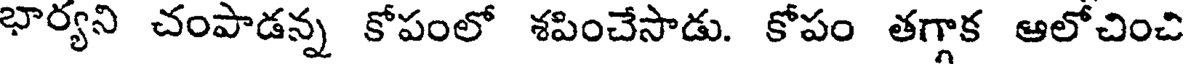
భార్యని చంపాడన్న కోపంలో శపించేసాడు. కోపం తగ్గాక అలోచించి